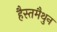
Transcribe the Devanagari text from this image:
हैस्तमैथुन